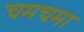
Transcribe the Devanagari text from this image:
चमचमा